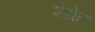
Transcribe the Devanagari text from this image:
पंडोल